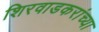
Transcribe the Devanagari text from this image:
शिरवाडकरांच्या